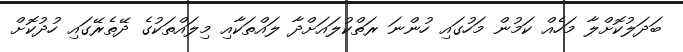
ބަދަލުކޮށްލާ މަހެއް ކަމުން މަހުގައި ހުންނަ ރަތްކުލައަށްދާ ލައްތަކާއި މިލައްތަކުގެ ދޭތެރޭގައި ހުދުކޮށް